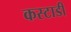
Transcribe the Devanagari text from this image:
कस्टाडी